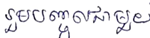
រួមបញ្ចូលជាមួយ